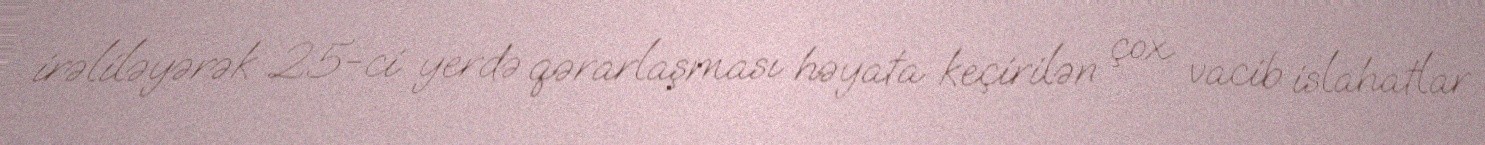
irəliləyərək 25-ci yerdə qərarlaşması həyata keçirilən çox vacib islahatlar